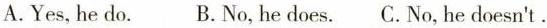
A. Yes, he do. B.No,he does. C.No,he doesn't.